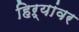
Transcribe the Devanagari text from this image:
हिऱ्यांवर